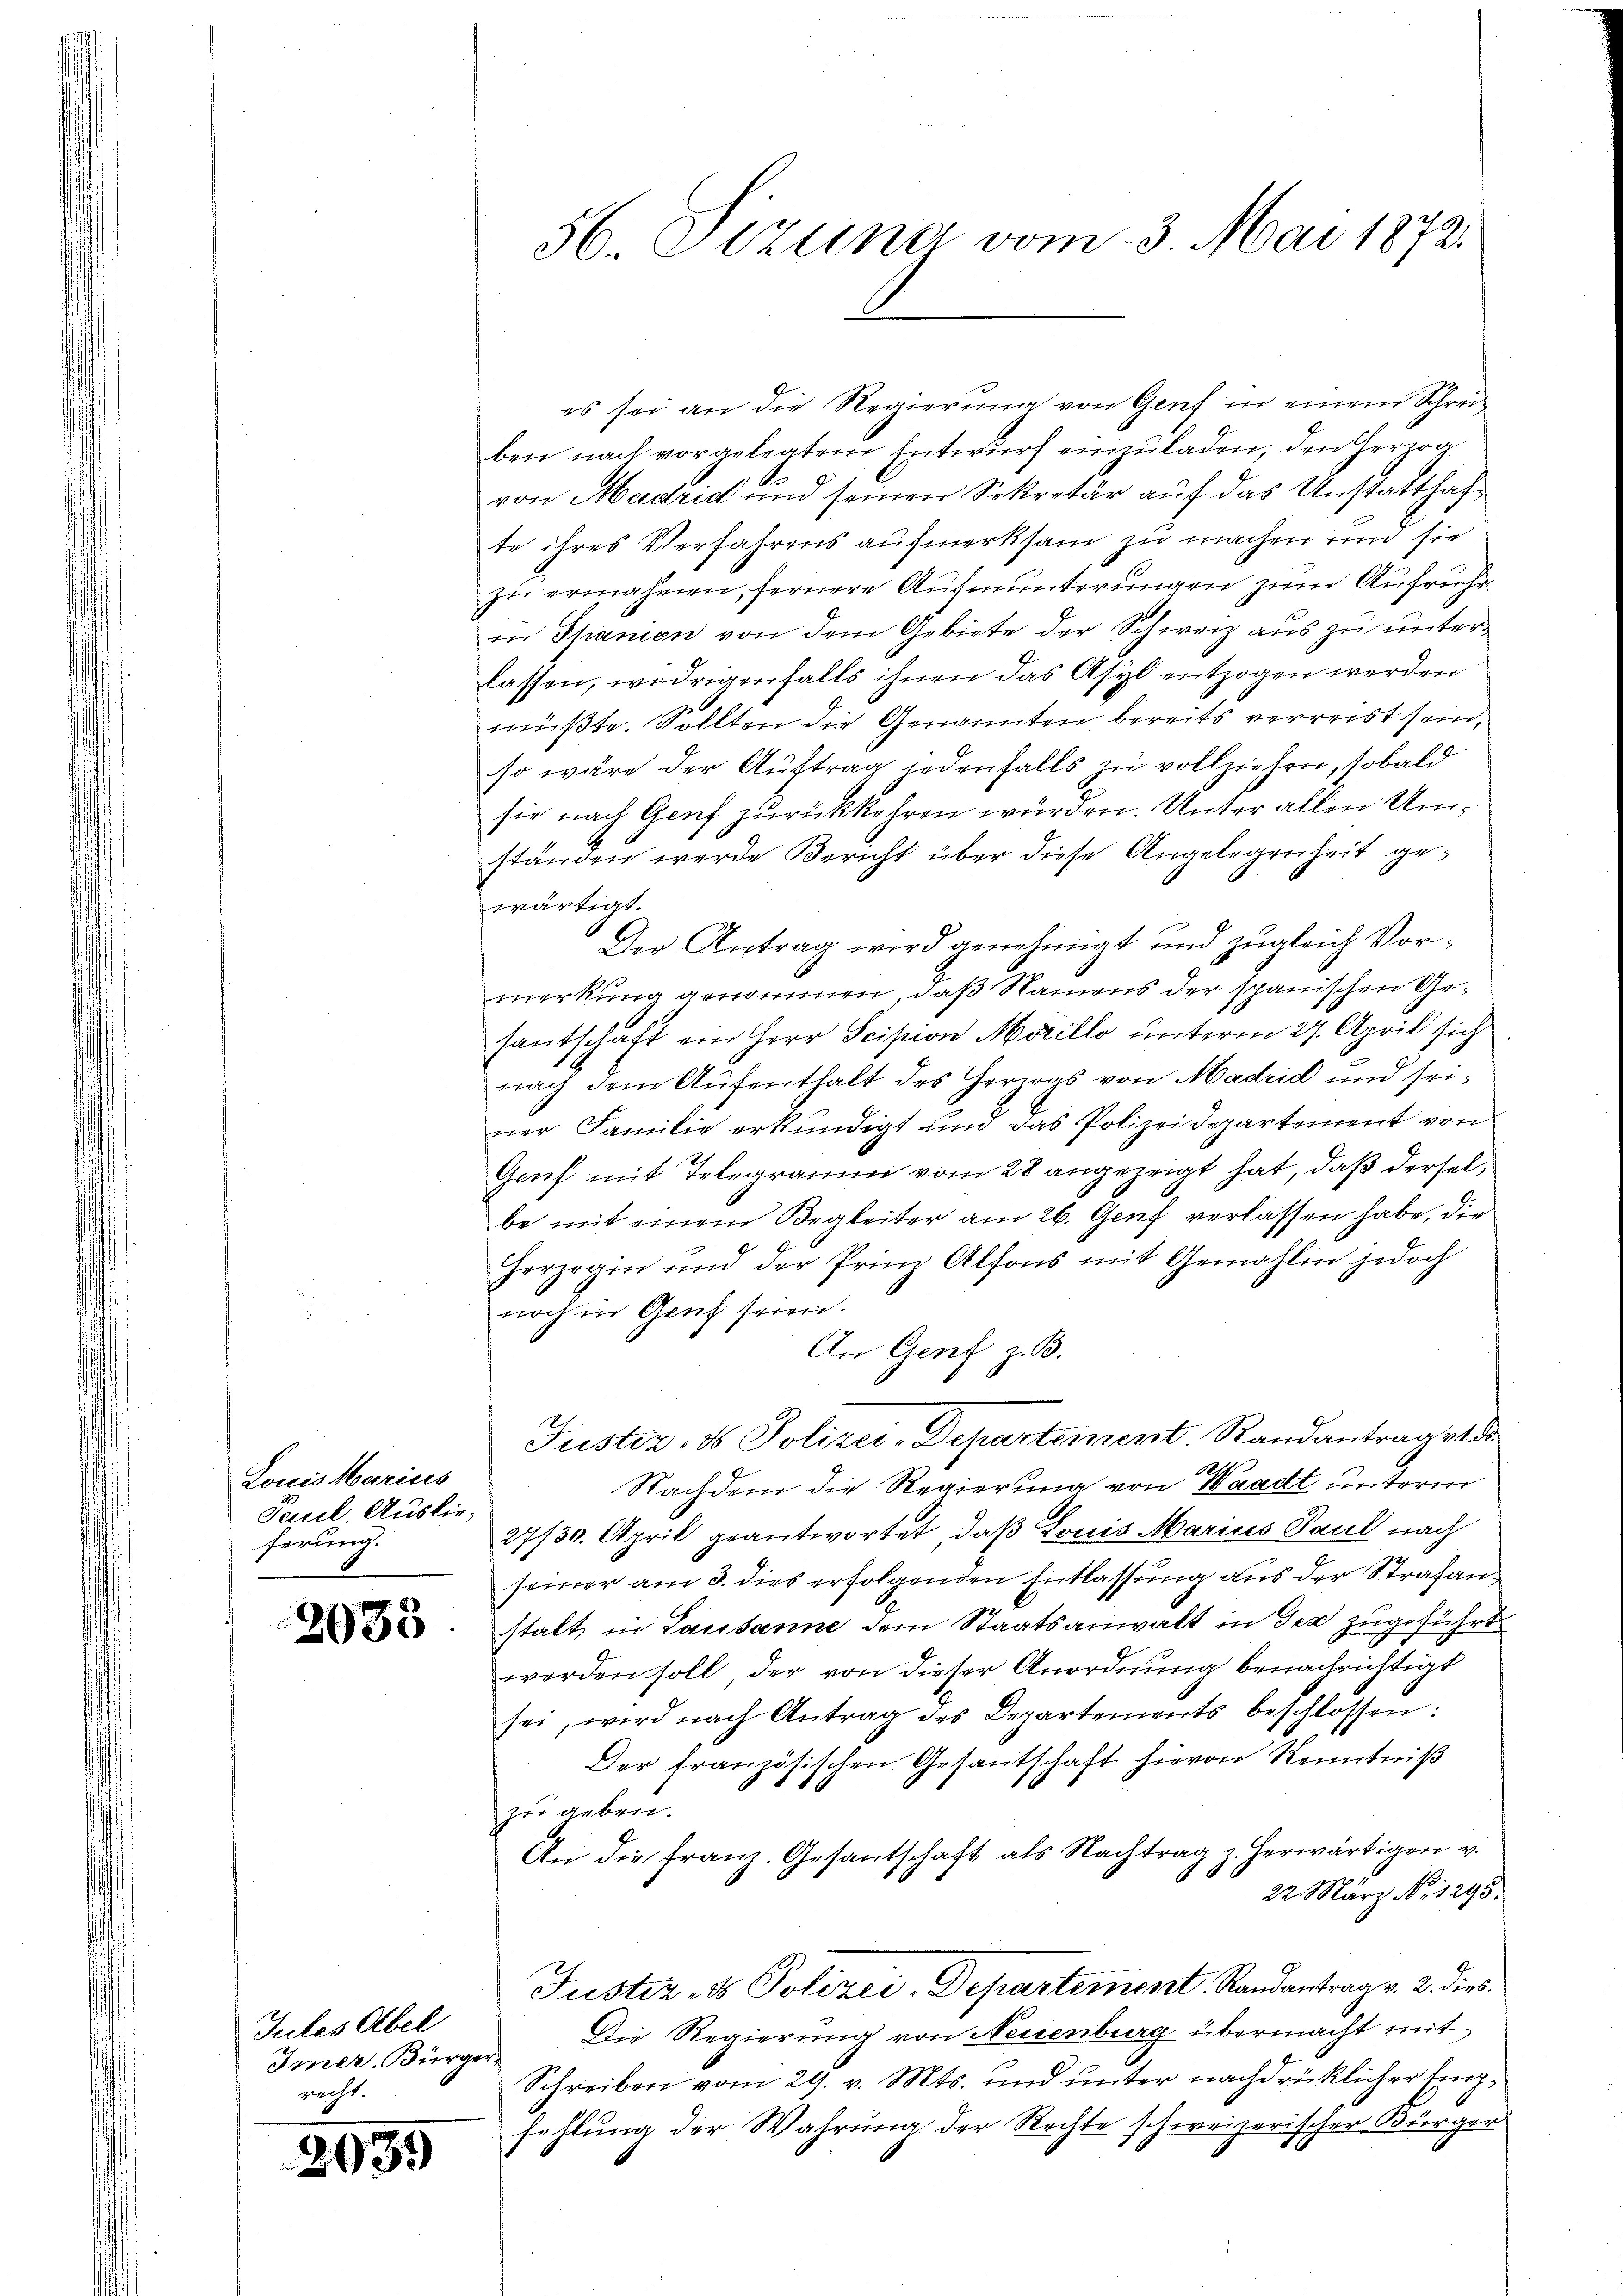
Louis Marius
Paul, Auslieferung.

2033

Jules Übel
Imer. Bürger.
recht.

d

1959

es sei an die Regierung von Genf in einem Schreiben nach vorgelegtem Entwurf einzuladen, den Herzog
von Madrid und seinen Sekretär auf das Unstatthafte ihres Verfahrens aufmerksam zu machen und sie
zu ermahnen, fernere Aufmunterungen zum Aufrühe
in Thanen von dem Gebiete der Schweiz aus zu unterlassen, widrigenfalls ihnen das Asyl entzogen werden
müßte. Sollten die Genannten bereits verreist sein,
so wäre der Auftrag jedenfalls zu vollziehen, sobald
sie nach Genf zurückkehren würden. Unter allen Umständen werde Bericht über diese Angelegenheit gewärtigt.
Der Antrag wird genehmigt und zugleich Vormerkung genommen, daß Namens der spanischen Gesantschaft ein Herr Scipion Marillo unterm 27. April sich
nach dem Aufenthalt des Herwas von Madrid und seiner Familie erkundigt und das Polizeidepartement von
Genf mit Telegraum vom 28 angezeigt hat, daß derselbe mit einem Begleiter am 26. Genf verlassen habe, die
herzogin und der Prinz Alfons mit Gemahlin jedoch
noch in Genf seien.
An Genf z. B.
Justiz, ds Polizei-Departement. Randantraget de
Nachdem die Regierung von Waadt unterm
27/30. April geantwortet, daß Louis Marius Paul nach
seiner am 3. dies erfolgenden Entlassung aus der Strafanstalt in Lausanne dem Staatsanwalt in der zugeführt
werden soll der von dieser Anordnung benachrichtigt
sei, wird nach Antrag des Departements beschlossen:
Der französischen Gesantschaft hievon Kenntniß
zu geben.
An die Franz. Gesantschaft als Nachtrag z. herwärtigen v.
22. März No. 1295.
Justiz- & Polizei-Departement Randantrag v. 2. dies
Die Regierung von Neuenburg übermacht mit
Schreiben vom 29. v. Mts. und unter nachdrücklicher Empfehlung der Wahrung der Rechte schweizerischer Bürger

56. Pezuna vom 3. Mai 1872.